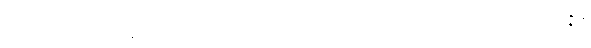
ထိုမဂ်ဖိုလ်မှ အချည်းနှီသောယောကျ်ားတို့သည်။ ပစ္ဆာ၊ နောက်၌။ ဝိဃာတံ၊ ပင်ပန်းခြင်းသို့။ အာပဇ္ဇန္တိ၊